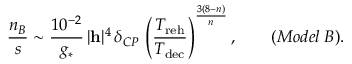
\frac { n _ { B } } { s } \sim \frac { 1 0 ^ { - 2 } } { g _ { * } } \, \vert { \bf h } \vert ^ { 4 } \, \delta _ { C P } \, \left( \frac { T _ { \mathrm { r e h } } } { T _ { \mathrm { d e c } } } \right) ^ { \frac { 3 ( 8 - n ) } { n } } , \qquad ( M o d e l \; B ) .